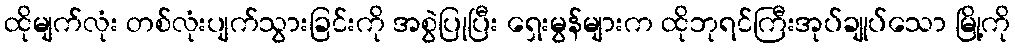
ထိုမျက်လုံး တစ်လုံးပျက်သွားခြင်းကို အစွဲပြုပြီး ရှေးမွန်များက ထိုဘုရင်ကြီးအုပ်ချုပ်သော မြို့ကို